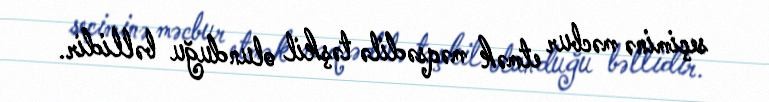
seçiminə məcbur etmək məqsədilə təşkil olunduğu bəllidir.